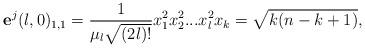
LaTeX: \begin{align*}\mathbf{e}^{j}(l,0)_{1,1}=\frac{1}{\mu_{l}\sqrt{(2l)!}}x_{1}^{2}x_{2}^{2}...x_{l}^{2}x_{k}=\sqrt{k(n-k+1)}, \end{align*}